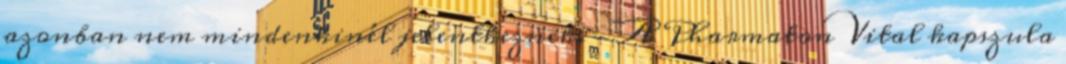
azonban nem mindenkinél jelentkeznek. - A Pharmaton Vital kapszula